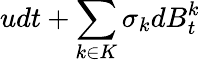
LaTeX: udt+\sum_{k\in K}\sigma_{k}dB_{t}^{k}